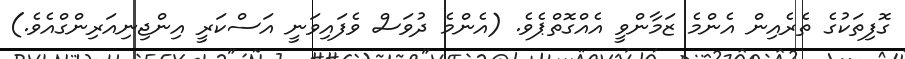
ގޮފިތަކުގެ ތެރެއިން އެންމެ ޒަމާންވީ އެއްގޮތްޕެވެ. (އެންމެ ދުވަސް ވެފައިވަނީ އަސްކަރީ އިންޖިނިއަރިންގްއެވެ.)